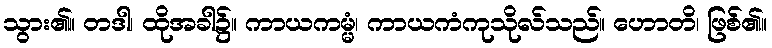
သွား၏။ တဒါ၊ ထိုအခါ၌။ ကာယကမ္မံ၊ ကာယကံကုသိုလ်သည်။ ဟောတိ၊ ဖြစ်၏။